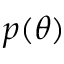
p ( \ensuremath { \boldsymbol { \theta } } )